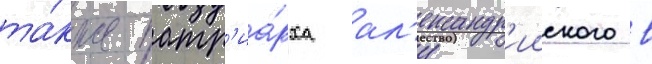
та́кже патр'иа́рха ал'ександр'ииского в